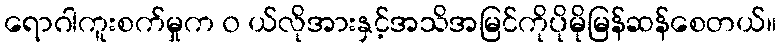
ရောဂါကူးစက်မှုက ၀ ယ်လိုအားနှင့်အသိအမြင်ကိုပိုမိုမြန်ဆန်စေတယ်။